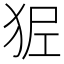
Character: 𤝺